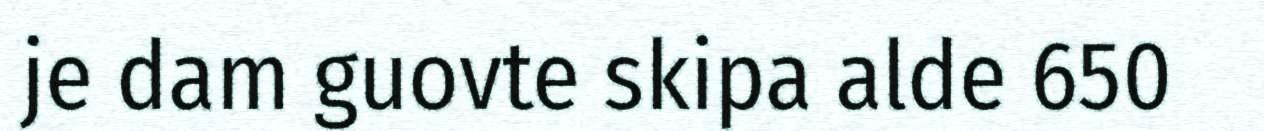
je dam guovte skipa alde 650